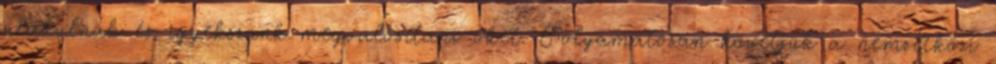
alakulnak és igyekszünk megvalósítani őket. Folyamatosan követjük a nemzetközi